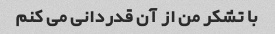
با تشکر من از آن قدردانی می کنم